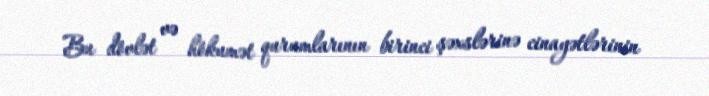
Bu dövlət və hökumət qurumlarının birinci şəxslərinə cinayətlərinin